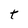
Character: t